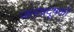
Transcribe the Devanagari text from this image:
जलप्रदूषकों